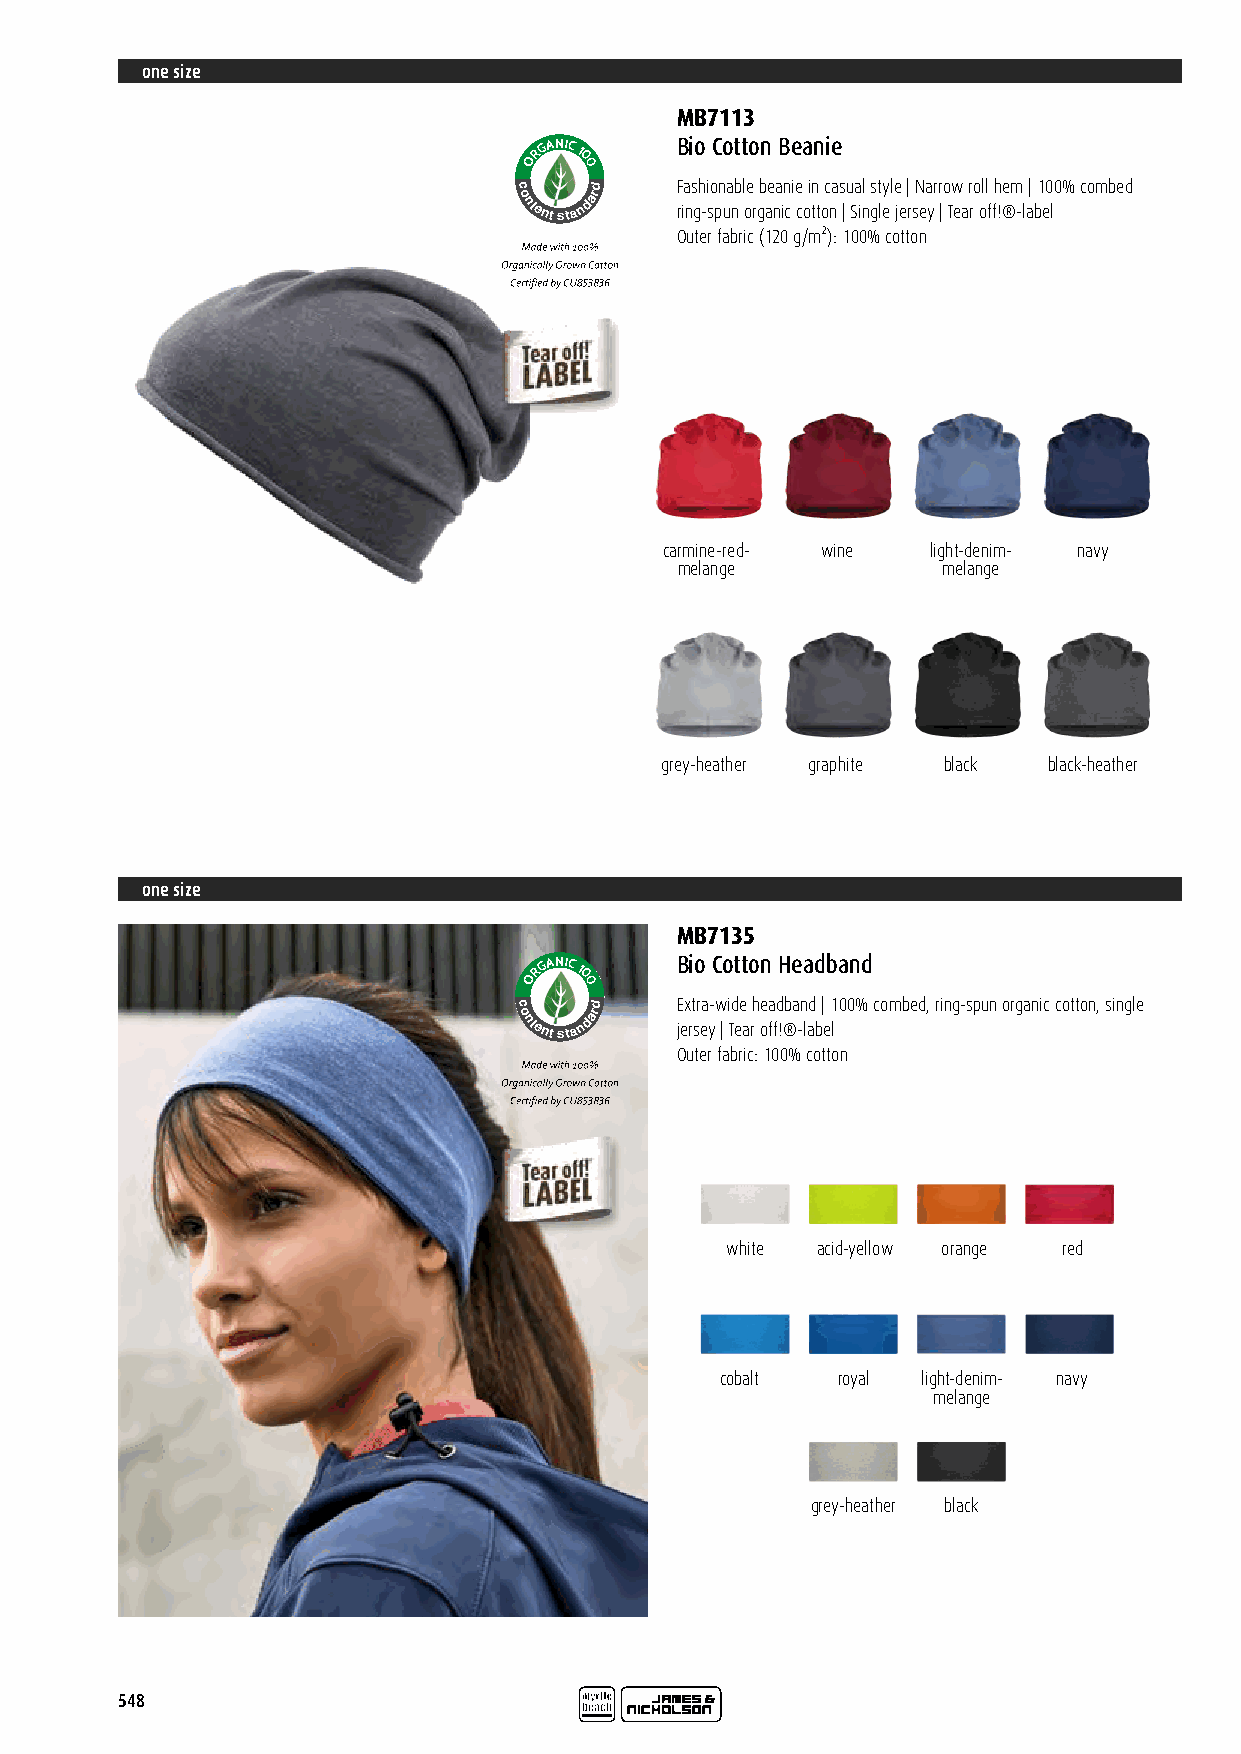
one size
 MB7113
 RGANIC
 1
 Bio Cotton Beanie
 O  0
 0
 c
 o
 ntent sta
 ndard  F ria ns gh -i so pn ua nb l oe
 r
 gb ae na in ci e
 co
 i tn
 t
 oc na s |u Sa inl s gt ly el e
 je
 |
 r
 sN ea yr r
 |
 o Tw
 ea
 r ro oll
 f
 fh !e ®m
 -l
 a| b1 e0 l0% combed
 Certified by CU 853836 Outer fabric (120 g/m²): 100% cotton
 carmine-red- wine light-denim- navy
 melange          melange
 grey-heather graphite black black-heather
 one size
 MB7135
 RRGGAANNIICC
 11
 Bio Cotton Headband
 OO 00
 00
 cc
 oo
 nntteenntt ssttaa
 nnddaarrdd E jex rt sr ea y-w
 |
 i Td ee
 a
 rh e oa ffd !®ba -n lad
 b
 |
 e
 1 l00% combed, ring-spun organic cotton, single
 CCeerrttiiffiieedd bbyy CCUU 885533883366 Outer fabric: 100% cotton
 white acid-yellow orange red
 cobalt royal light-denim- navy
 melange
 grey-heather black
 548